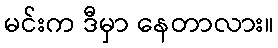
မင်းက ဒီမှာ နေတာလား။